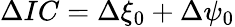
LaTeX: \Delta IC=\Delta\xi_{0}+\Delta\psi_{0}